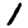
Digit: 1